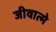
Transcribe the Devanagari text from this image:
जीवात्मे